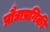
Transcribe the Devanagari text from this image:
प्रौद्याप्रगिकी